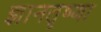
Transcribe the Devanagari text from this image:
ज्ञानतृष्णा